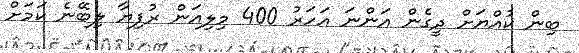
ބިން ކުއްޔަށް ދީގެން އަންނަ އަހަރު 400 މިލިއަން ރުފިޔާ ލިބޭނެ ކަމަށް